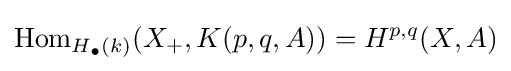
{\text{Hom}}_{H_{\bullet }(k)}(X_{+},K(p,q,A))=H^{p,q}(X,A)